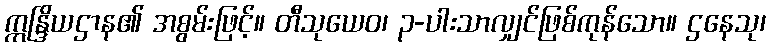
ဣန္ဒြိယဌာန၏ အစွမ်းဖြင့်။ တီသုယေဝ၊ ၃-ပါးသာလျှင်ဖြစ်ကုန်သော။ ဌနေသု၊